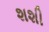
શશી